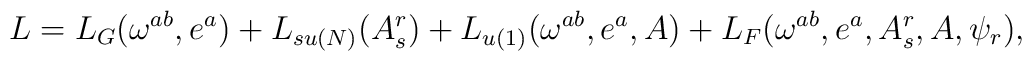
L=L_{G}(\omega^{ab},e^{a})+L_{su(N)}(A_{s}^{r})+L_{u(1)}(\omega^{ab},e^{a},A)+L_{F}(\omega ^{ab},e^{a},A_{s}^{r},A,\psi _{r}),